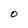
Character: O